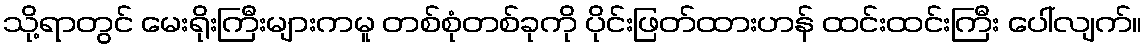
သို့ရာတွင် မေးရိုးကြီးများကမူ တစ်စုံတစ်ခုကို ပိုင်းဖြတ်ထားဟန် ထင်းထင်းကြီး ပေါ်လျက်။